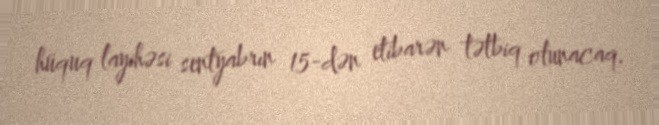
hüquq layihəsi sentyabrın 15-dən etibarən tətbiq olunacaq.